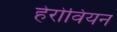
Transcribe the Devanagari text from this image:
हेरोवियन